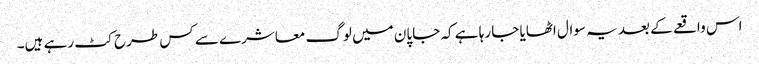
اس واقعے کے بعد یہ سوال اٹھایا جا رہا ہے کہ جاپان میں لوگ معاشرے سے کس طرح کٹ رہے ہیں۔